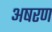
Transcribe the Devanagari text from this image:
अषरण